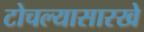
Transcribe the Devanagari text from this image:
टोचल्यासारखे